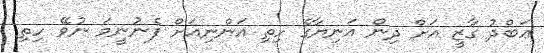
ޢަބްދު ގާޒީ އަށް ދިން އަނިޔާގެ ހިތި އަންނިއަށް ފެނުނީމަ ނުވޭ ހިތި